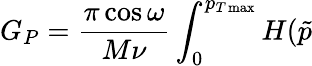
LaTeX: G_{P}=\frac{\pi\cos\omega}{M\nu}\int_{0}^{p_{T\operatorname*{max}}}H(\tilde{p}